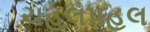
ચહલપહલ